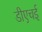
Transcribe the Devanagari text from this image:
डीएचई